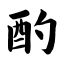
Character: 酌